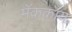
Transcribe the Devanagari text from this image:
मॅककॉय